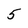
Character: 5